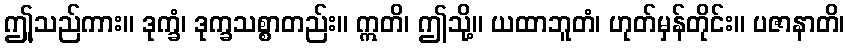
ဤူသည်ကား။ ဒုက္ခံ၊ ဒုက္ခသစ္စာတည်း။ ဣတိ၊ ဤသို့။ ယထာဘူတံ၊ ဟုတ်မှန်တိုင်း။ ပဇာနာတိ၊